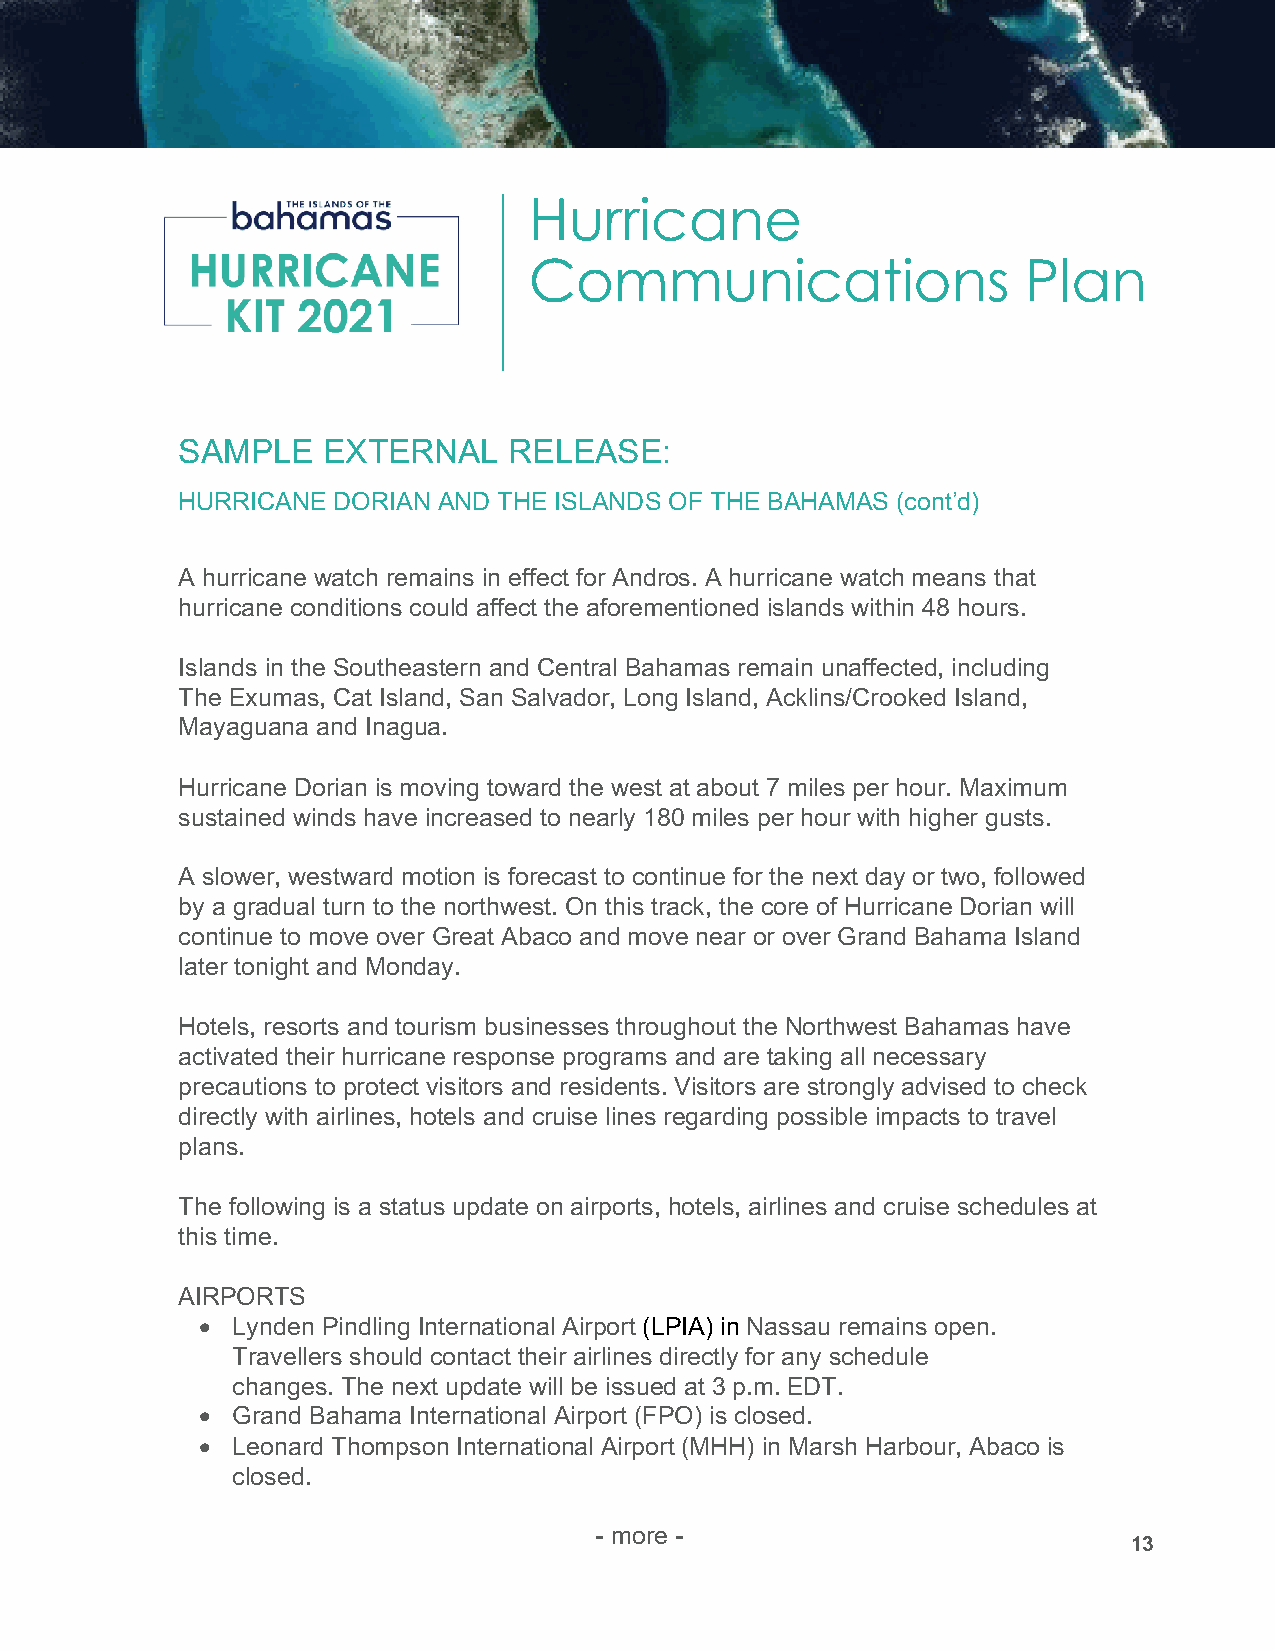
Hurricane
 Communications                   Plan
 SAMPLE   EXTERNAL     RELEASE:
 HURRICANE DORIAN AND THE ISLANDS OF THE BAHAMAS (cont’d)
 A hurricane watch remains in effect for Andros. A hurricane watch means that
 hurricane conditions could affect the aforementioned islands within 48 hours.
 Islands in the Southeastern and Central Bahamas remain unaffected, including
 The Exumas, Cat Island, San Salvador, Long Island, Acklins/Crooked Island,
 Mayaguana and Inagua.
 Hurricane Dorian is moving toward the west at about 7 miles per hour. Maximum
 sustained winds have increased to nearly 180 miles per hour with higher gusts.
 A slower, westward motion is forecast to continue for the next day or two, followed
 by a gradual turn to the northwest. On this track, the core of Hurricane Dorian will
 continue to move over Great Abaco and move near or over Grand Bahama Island
 later tonight and Monday.
 Hotels, resorts and tourism businesses throughout the Northwest Bahamas have
 activated their hurricane response programs and are taking all necessary
 precautions to protect visitors and residents. Visitors are strongly advised to check
 directly with airlines, hotels and cruise lines regarding possible impacts to travel
 plans.
 The following is a status update on airports, hotels, airlines and cruise schedules at
 this time.
 AIRPORTS
 • Lynden Pindling International Airport (LPIA) in Nassau remains open.
 Travellers should contact their airlines directly for any schedule
 changes. The next update will be issued at 3 p.m. EDT.
 • Grand Bahama International Airport (FPO) is closed.
 • Leonard Thompson International Airport (MHH) in Marsh Harbour, Abaco is
 closed.
 - more -
 13